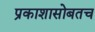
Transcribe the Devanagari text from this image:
प्रकाशासोबतच